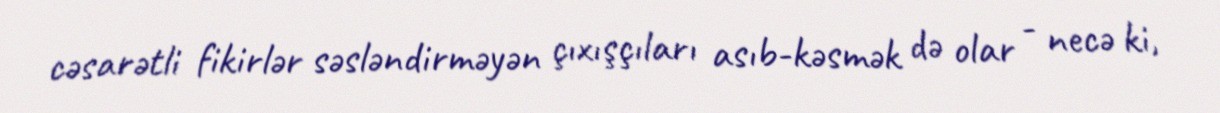
cəsarətli fikirlər səsləndirməyən çıxışçıları asıb-kəsmək də olar - necə ki,